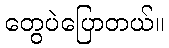
တွေပဲပြောတယ်။